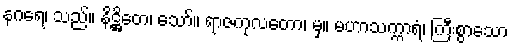
နဂရေ၊ သည်။ နိဋ္ဌိတေ၊ သော်။ ရာဇကုလတော၊ မှ။ မဟာသက္ကာရံ၊ ကြီးစွာသော